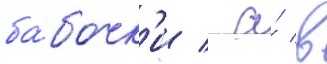
ба́бочк'и / а́ в